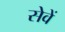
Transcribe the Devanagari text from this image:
सेवें